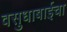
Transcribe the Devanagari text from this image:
वसुधाबाईचा